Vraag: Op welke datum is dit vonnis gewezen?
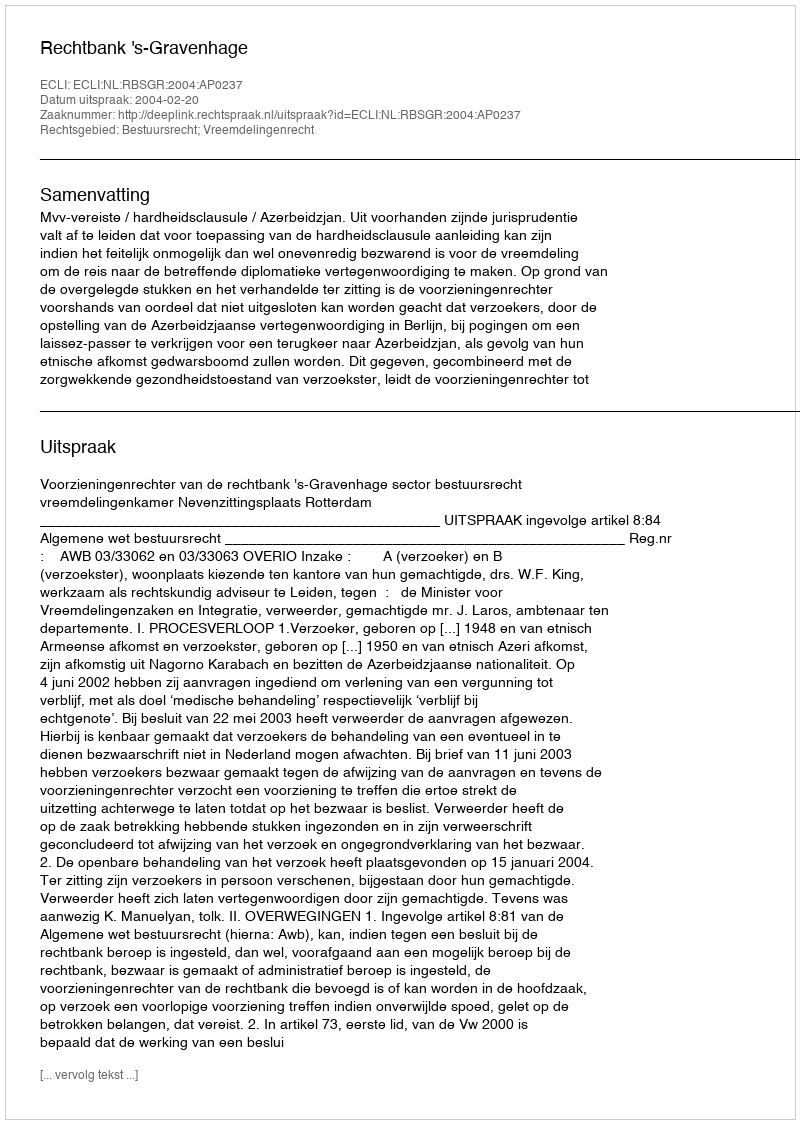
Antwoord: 2004-02-20